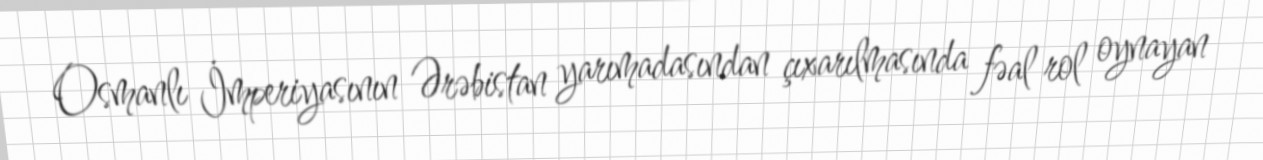
Osmanlı İmperiyasının Ərəbistan yarımadasından çıxarılmasında fəal rol oynayan